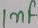
Text: 1nF